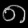
Digit: ၈